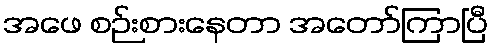
အဖေ စဉ်းစားနေတာ အတော်ကြာပြီ